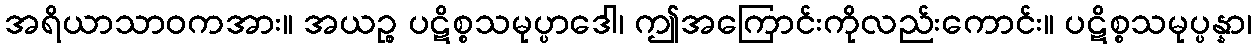
အရိယာသာဝကအား။ အယဉ္စ ပဋိစ္စသမုပ္ပာဒေါ၊ ဤအကြောင်းကိုလည်းကောင်း။ ပဋိစ္စသမုပ္ပန္နာ၊